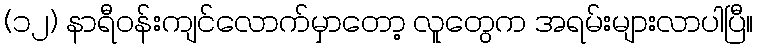
(၁၂) နာရီဝန်းကျင်လောက်မှာတော့ လူတွေက အရမ်းများလာပါပြီ။